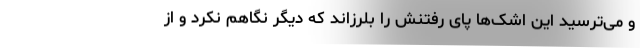
و می‌ترسید این اشک‌ها پای رفتنش را بلرزاند که دیگر نگاهم نکرد و از